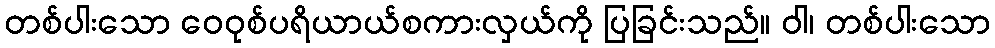
တစ်ပါးသော ဝေဝုစ်ပရိယာယ်စကားလှယ်ကို ပြခြင်းသည်။ ဝါ၊ တစ်ပါးသော